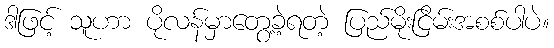
ဒါဖြင့် သူဟာ ပိုလန်မှာတွေ့ခဲ့ရတဲ့ ပြည်မိုးငြိမ်းအစစ်ပါပဲ။